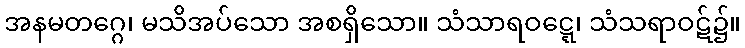
အနမတဂ္ဂေ၊ မသိအပ်သော အစရှိသော။ သံသာရဝဋ္ဋေ၊ သံသရာဝဋ်၌။